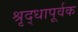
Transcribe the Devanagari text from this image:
श्रृद्धापूर्वक